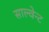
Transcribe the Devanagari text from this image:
साल्वेन्ट